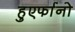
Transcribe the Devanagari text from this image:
हुएर्फानो